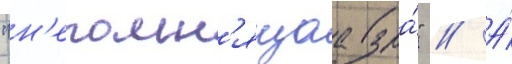
"н'епомн'ящаа зла́" // А́